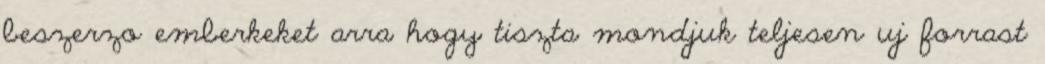
beszerzo emberkeket arra hogy tiszta mondjuk teljesen uj forrast